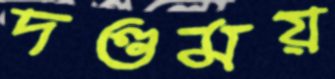
দণ্ডময়